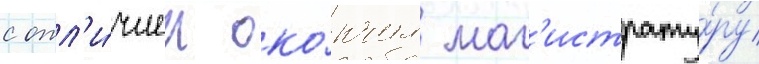
с отл'и́чием око́нчил маг'истрату́ру